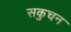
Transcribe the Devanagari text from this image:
सकुचन